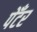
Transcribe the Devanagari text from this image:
पेँटर